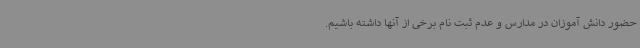
حضور دانش آموزان در مدارس و عدم ثبت نام برخی از آنها داشته باشیم.